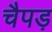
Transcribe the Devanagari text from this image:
चैपड़